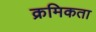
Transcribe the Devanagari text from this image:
क्रमिकता